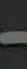
-